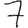
Digit: 7